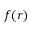
f ( r )